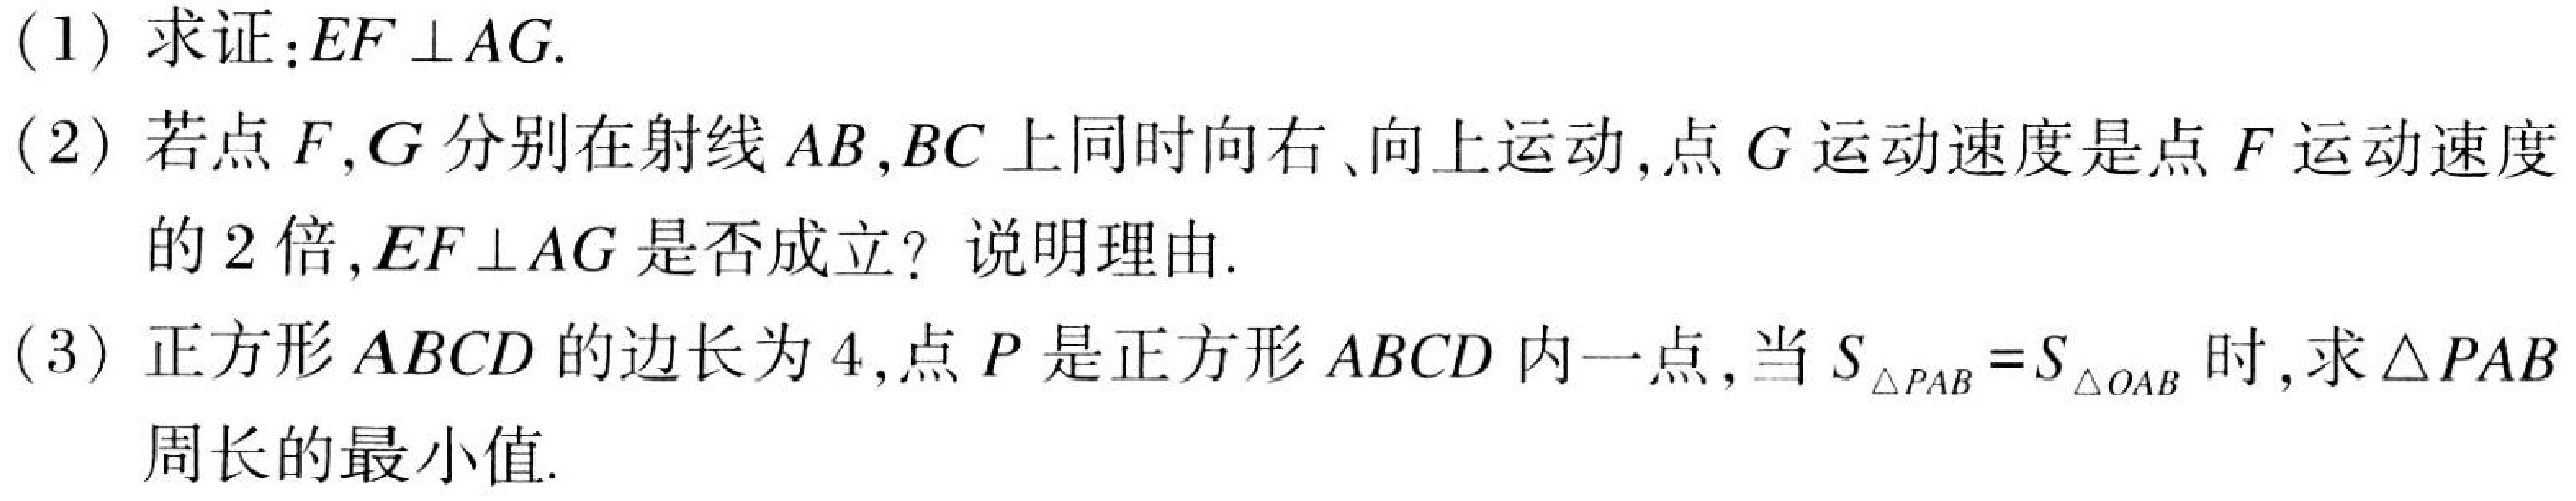
(1) 求证：\(EF\perp AG\).
(2) 若点\(F,G\)分别在射线\(AB,BC\)上同时向右、向上运动，点\(G\)运动速度是点\(F\)运动速度的\(2\)倍，\(EF\perp AG\)是否成立？说明理由.
(3) 正方形\(ABCD\)的边长为\(4\)，点\(P\)是正方形\(ABCD\)内一点，当\(S_{\triangle PAB}=S_{\triangle OAB}\)时，求\(\triangle PAB\)周长的最小值.